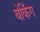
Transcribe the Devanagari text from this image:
बेकिँग